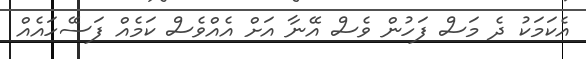
އެކަމަކު ދެ މަސް ފަހުން ވެސް އޭނާ އަށް އެއްވެސް ކަމެއް ފަސޭހައެއް